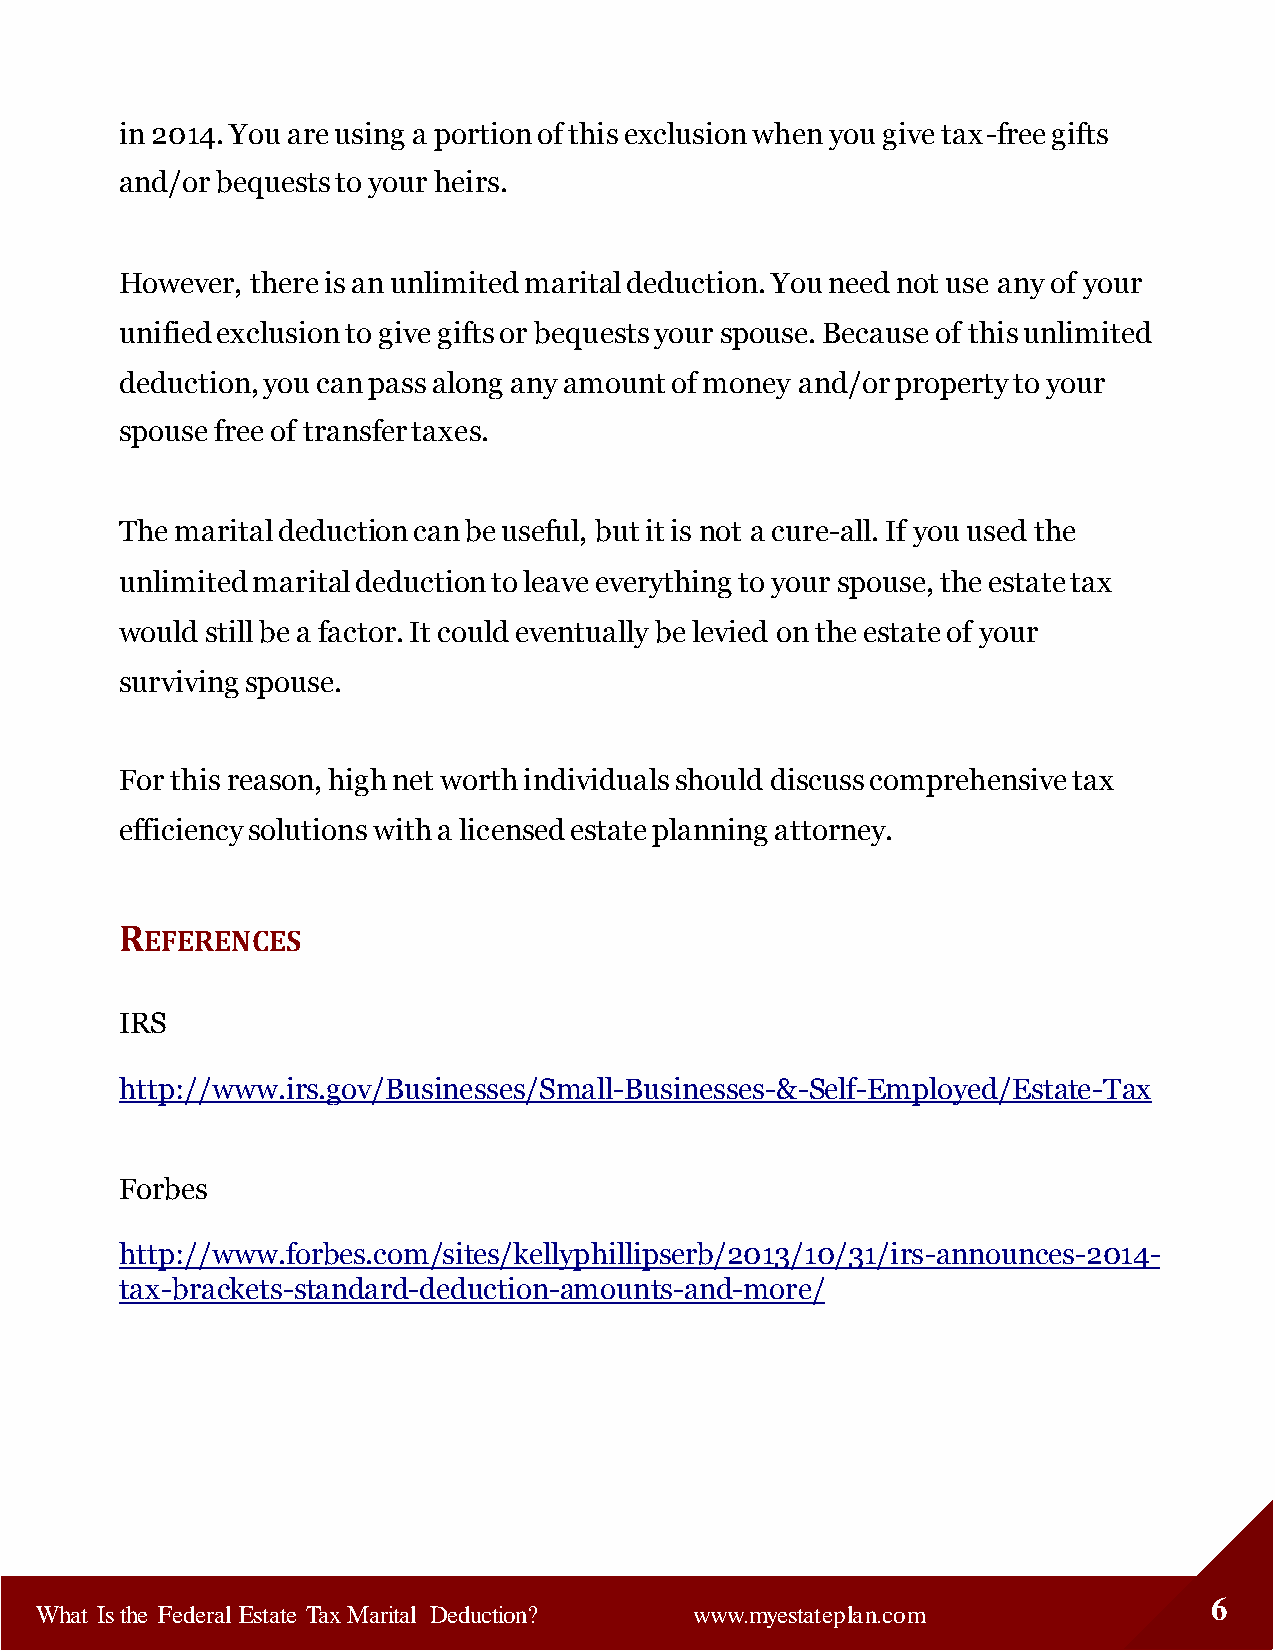
in 2014. You are using a portion of this exclusion when you give tax-free gifts
 and/or bequests to your heirs.
 However, there is an unlimited marital deduction. You need not use any of your
 unified exclusion to give gifts or bequests your spouse. Because of this unlimited
 deduction, you can pass along any amount of money and/or property to your
 spouse free of transfer taxes.
 The marital deduction can be useful, but it is not a cure-all. If you used the
 unlimited marital deduction to leave everything to your spouse, the estate tax
 would still be a factor. It could eventually be levied on the estate of your
 surviving spouse.
 For this reason, high net worth individuals should discuss comprehensive tax
 efficiency solutions with a licensed estate planning attorney.
 REFERENCES
 IRS
 http://www.irs.gov/Businesses/Small-Businesses-&-Self-Employed/Estate-Tax
 Forbes
 http://www.forbes.com/sites/kellyphillipserb/2013/10/31/irs-announces-2014-
 tax-brackets-standard-deduction-amounts-and-more/
 6
 What Is the Federal Estate Tax Marital Deduction? www.myestateplan.com